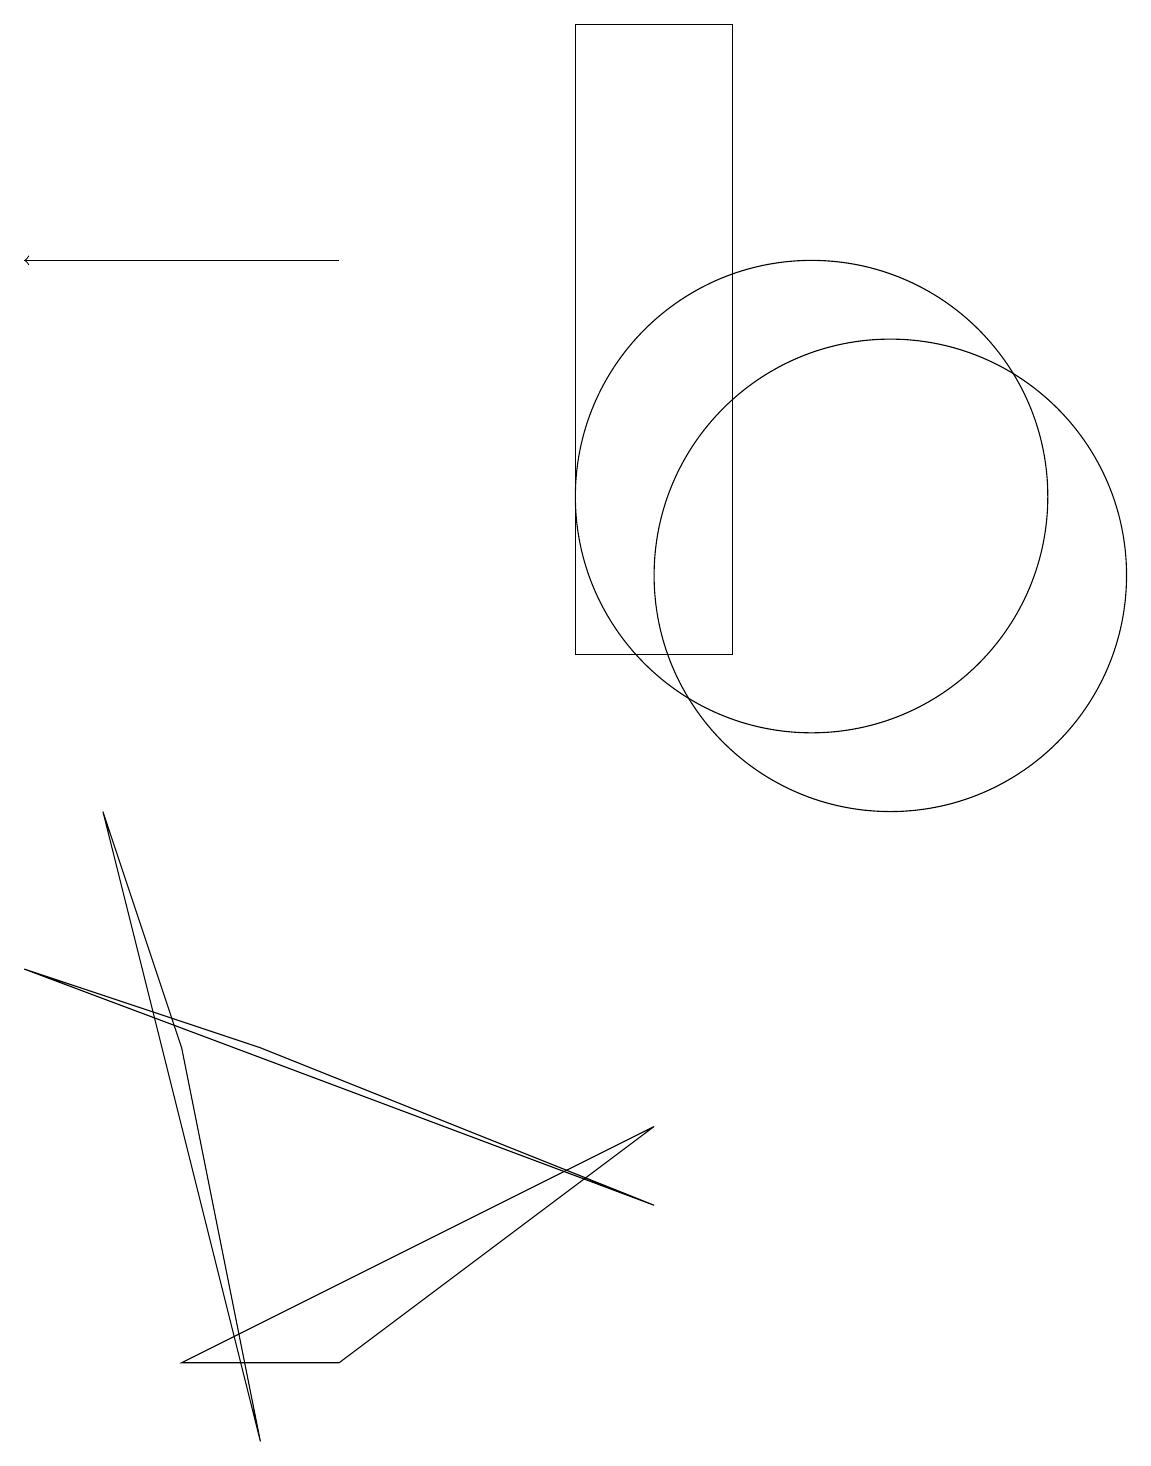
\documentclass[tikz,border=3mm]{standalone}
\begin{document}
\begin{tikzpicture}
\draw (7,18) rectangle (9,10);
\draw (11,11) circle (3);
\draw (4,1) -- (8,4) -- (2,1) -- cycle;
\draw[->] (4,15) -- (0,15);
\draw (10,12) circle (3);
\draw (3,0) -- (2,5) -- (1,8) -- cycle;
\draw (8,3) -- (0,6) -- (3,5) -- cycle;
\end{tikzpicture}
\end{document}